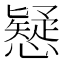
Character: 𢣕